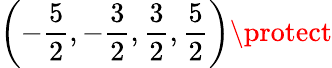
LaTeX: \left(-\frac{5}{2},-\frac{3}{2},\frac{3}{2},\frac{5}{2}\right)\protect